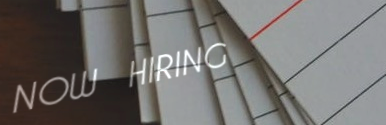
NOW HIRING